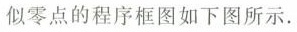
似零点的程序框图如下图所示。